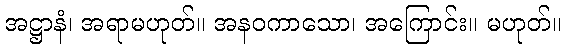
အဋ္ဌာနံ၊ အရာမဟုတ်။ အနဝကာသော၊ အကြောင်း။ မဟုတ်။